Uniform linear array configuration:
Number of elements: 8
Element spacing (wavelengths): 0.5
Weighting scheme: cosine
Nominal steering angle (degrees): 15
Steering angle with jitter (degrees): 14.424
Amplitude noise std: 0.05
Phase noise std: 0.05

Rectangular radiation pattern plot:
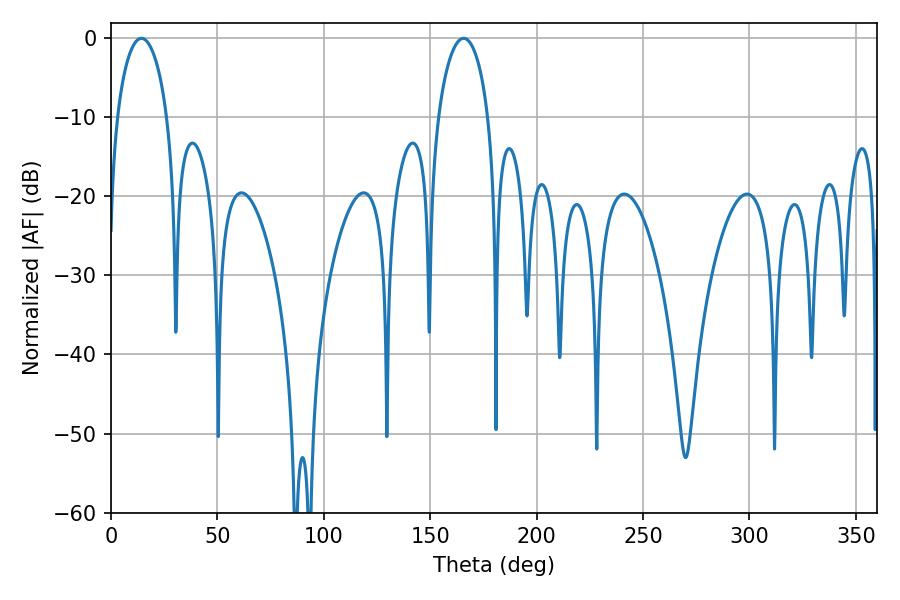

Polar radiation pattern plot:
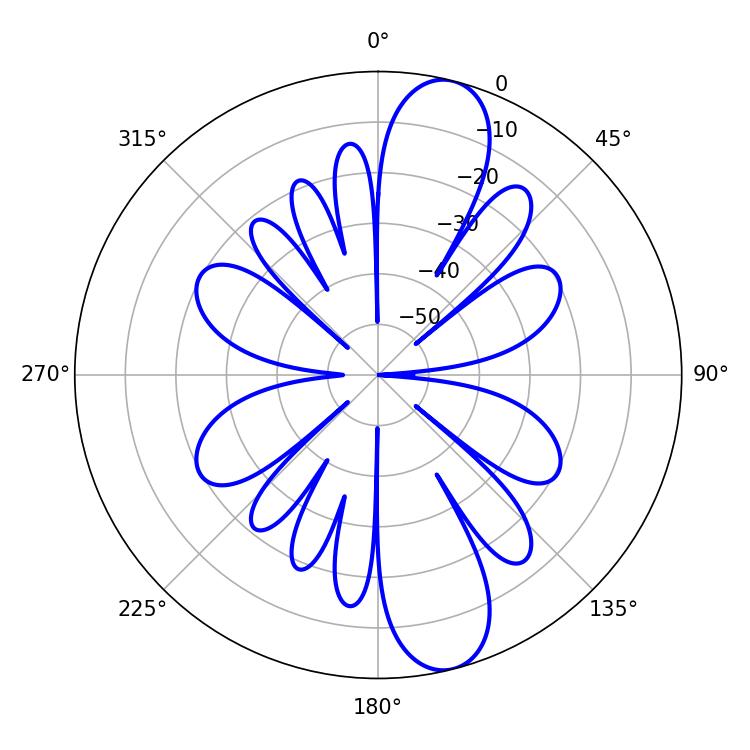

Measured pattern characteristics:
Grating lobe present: FALSE
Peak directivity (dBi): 11.978
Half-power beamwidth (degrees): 13.68
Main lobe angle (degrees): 14.22